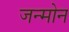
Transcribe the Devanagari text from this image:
जन्मोन